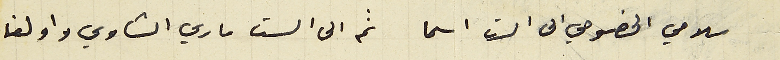
سلامي الخصوصي الى الست اسما ثم الى الست ماري الشاوي واولغا